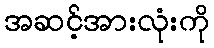
အဆင့်အားလုံးကို